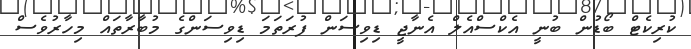
ކުރިކެޓް ބޯޑުން ބުނީ އެކްސްއެލް އެނާޖީ ޑިވިސަން ފުރަތަމަ ޑިވިސަންގެ މުބާރާތައް މިހާރުވެސް